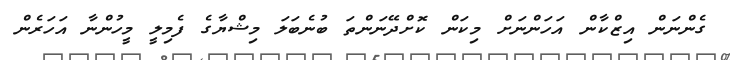
ގެންނަން އިޒްކާން އަހަންނަށް މިކަން ކޮށްދޭނަންތަ ބުނެބަލަ މިޝްޔާގެ ފެމިލީ މީހުންނާ އަހަރެން